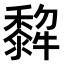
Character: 𤛿